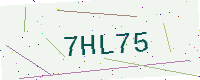
Text: 7HL75